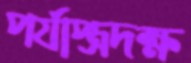
পর্যাপ্ত্রদক্ষ